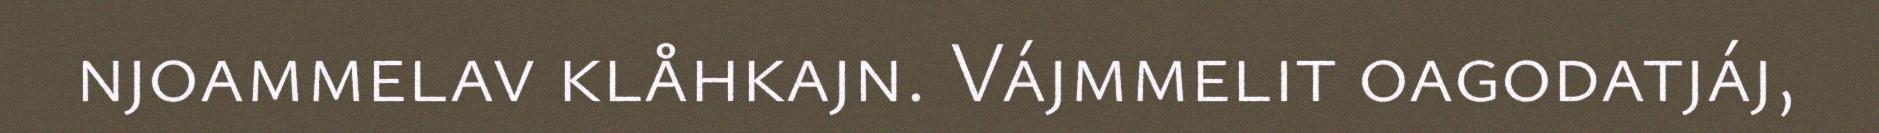
njoammelav klåhkajn. Vájmmelit oagodatjáj,